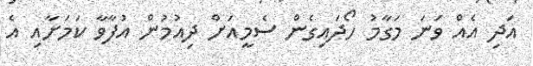
އަދި އެއް ވަނަ މަގާމު ހޯދައިގެން ސެމީއަށް ދިއުމުން އުފާވާ ކަމަށާއި އެ